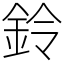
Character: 鈴